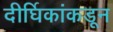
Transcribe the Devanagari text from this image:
दीर्घिकांकडून